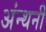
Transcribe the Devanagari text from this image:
अंन्थनी